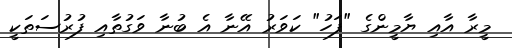
މީރާ އާއި ޔާމީންގެ "ފަހު" ކަވަރު އޭނާ އެ ބުނާ ވަގުތާއި ފުރުސަތަކީ